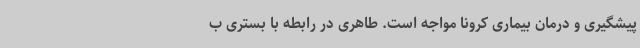
پیشگیری و درمان بیماری کرونا مواجه است. طاهری در رابطه با بستری ب